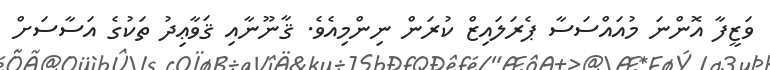
ވަޒީފާ އޮންނަ މުއައްސަސާ ޕެރަލައިޒް ކުރަން ނިންމިއެވެ. ޤާނޫނާއި ޤަވާޢިދު ތަކުގެ އަސާސަށް